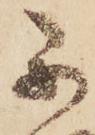
不